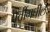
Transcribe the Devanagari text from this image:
प्रतींमधील